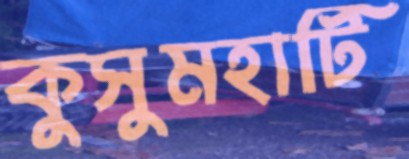
কুসুমহাটি